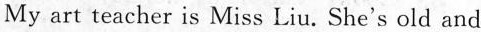
My art teacher is Miss Liu. She's old and